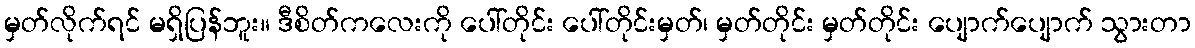
မှတ်လိုက်ရင် မရှိပြန်ဘူး။ ဒီစိတ်ကလေးကို ပေါ်တိုင်း ပေါ်တိုင်းမှတ်၊ မှတ်တိုင်း မှတ်တိုင်း ပျောက်ပျောက် သွားတာ